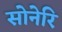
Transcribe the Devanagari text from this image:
सोनेरि